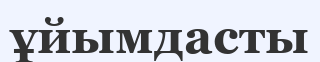
ұйымдасты